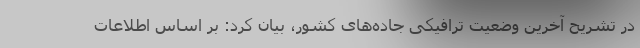
در تشریح آخرین وضعیت ترافیکی جاده‌های کشور‌، بیان کرد: بر اساس اطلاعات